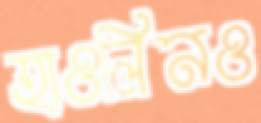
হাওলিনও